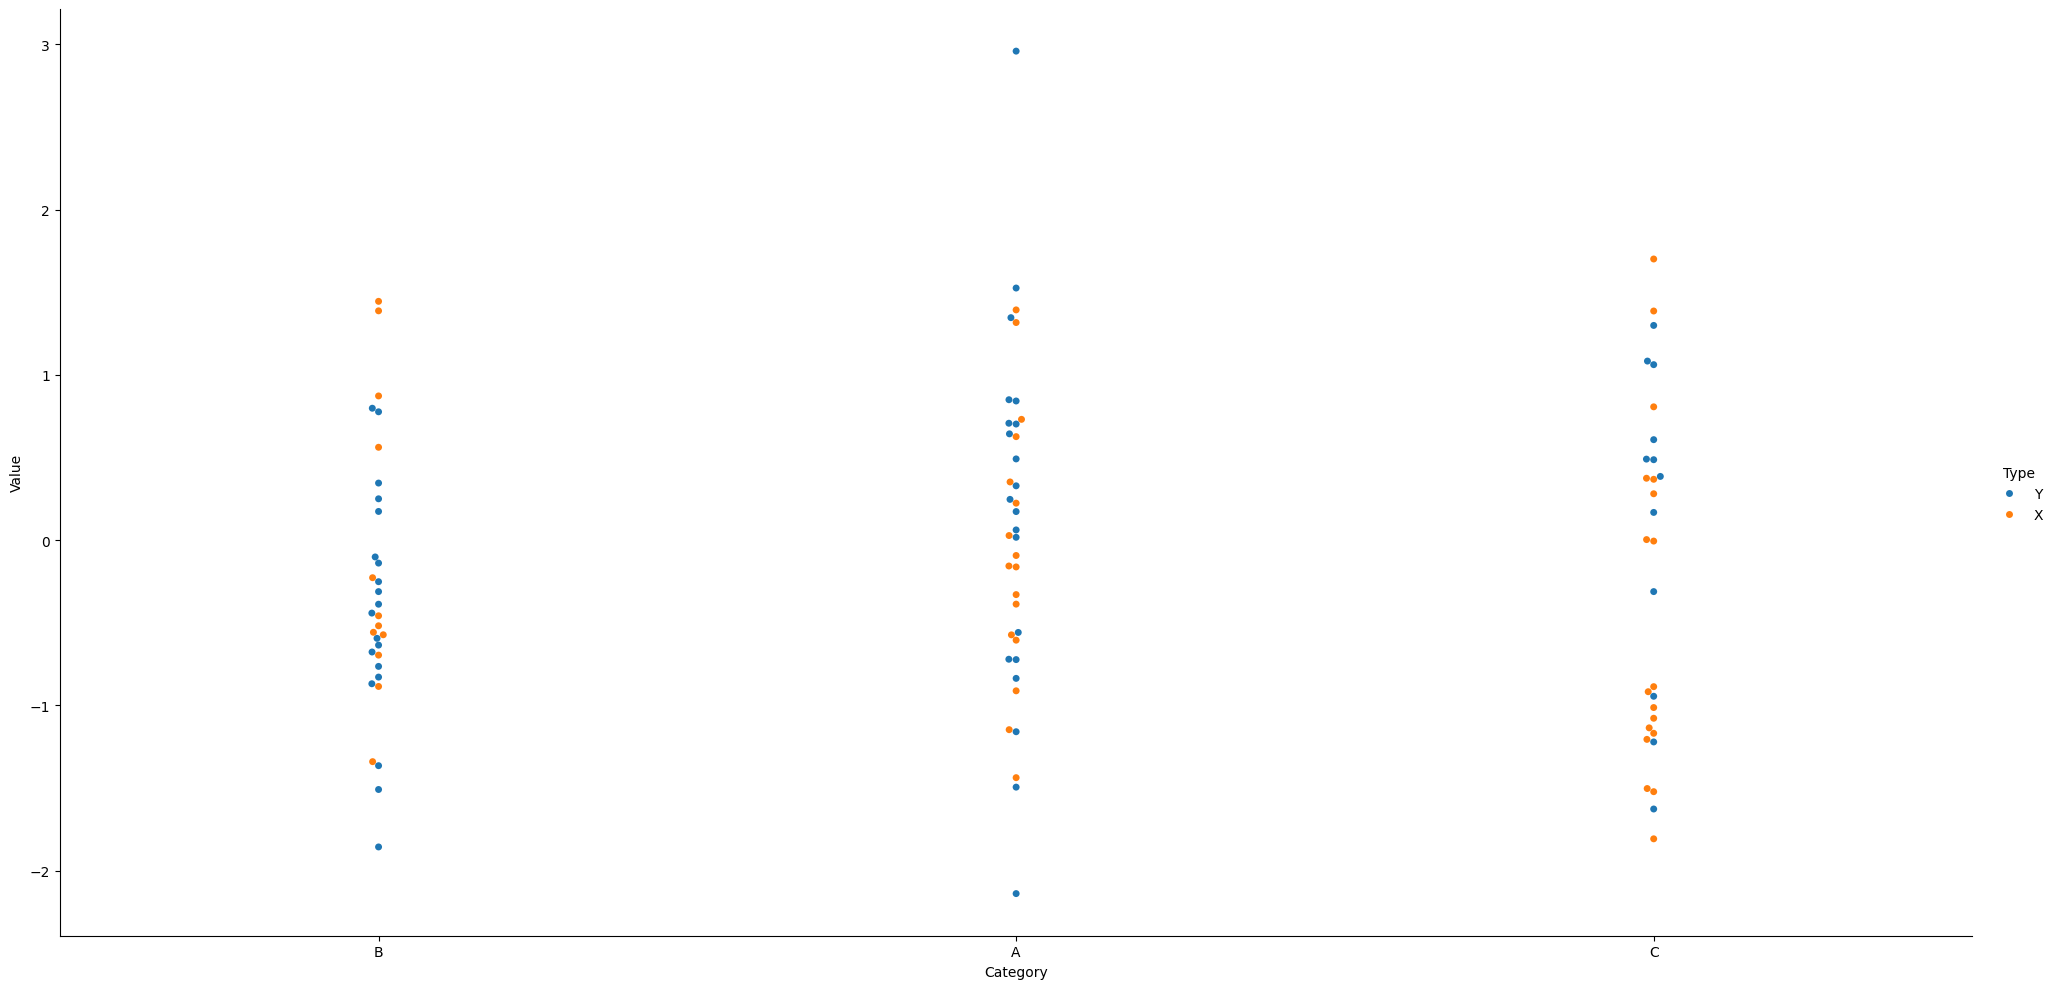
python, seaborn, catplot, kind='swarm', height=10, aspect=2